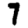
Digit: 7